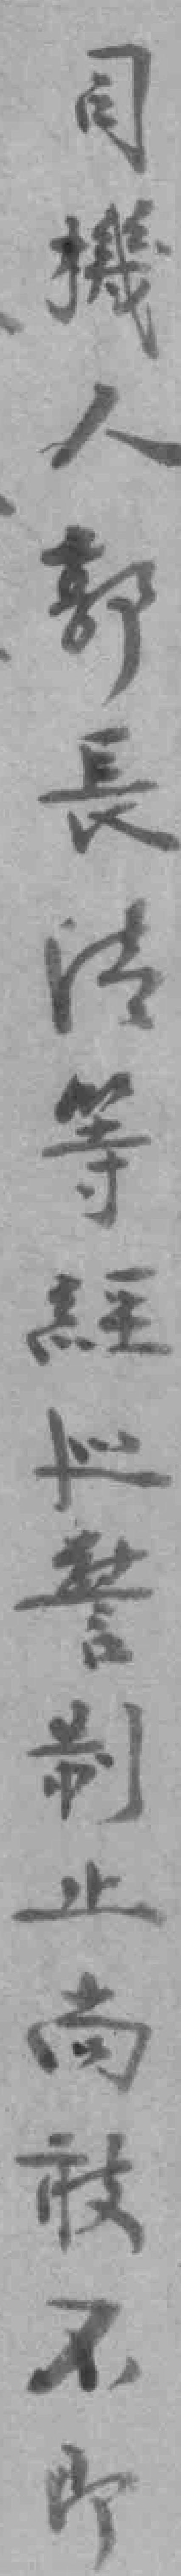
司機人郭長清等経巡警制止尚敢不*